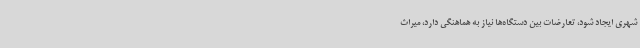
شهری ایجاد شود، تعارضات بین دستگاه‌ها نیاز به هماهنگی دارد، میراث